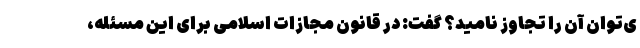
ی‌توان آن را تجاوز نامید؟ گفت: در قانون مجازات اسلامی برای این مسئله،